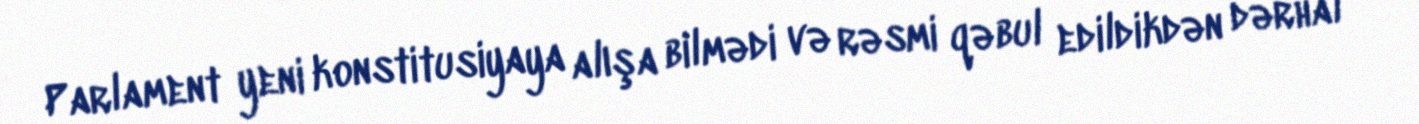
Parlament yeni konstitusiyaya alışa bilmədi və rəsmi qəbul edildikdən dərhal